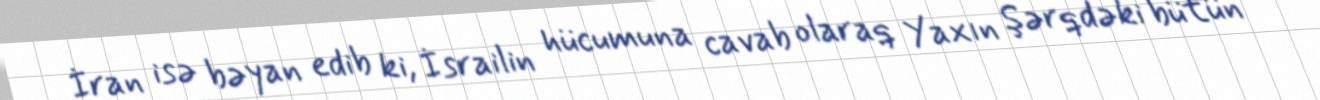
İran isə bəyan edib ki, İsrailin hücumuna cavab olaraq Yaxın Şərqdəki bütün